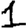
Digit: 1